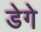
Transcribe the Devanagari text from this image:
डेगे